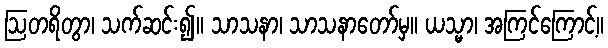
ဩတရိတွာ၊ သက်ဆင်း၍။ သာသနာ၊ သာသနာတော်မှ။ ယသ္မာ၊ အကြင်ကြောင့်။